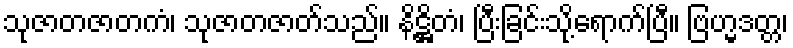
သုဇာတဇာတကံ၊ သုဇာတဇာတ်သည်။ နိဋ္ဌိတံ၊ ပြီးခြင်းသို့ရောက်ပြီ။ ဗြဟ္မဒတ္တ၊